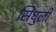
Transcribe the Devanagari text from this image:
सिंधुली